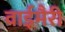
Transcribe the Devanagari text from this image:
वाईमैरी